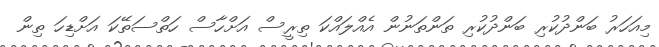
މިއަހަރު ބަންދުކުރި ބަންދުކުރި ތަންތަނުން އެއްލައްކަ ތިރީސް އަށްހާސް ހަތްސަތޭކަ އަށްޑިހަ ތިން